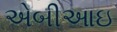
એબીઆઇ